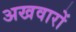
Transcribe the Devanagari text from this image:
अखवारों